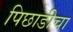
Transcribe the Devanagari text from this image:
पिछाडीचा